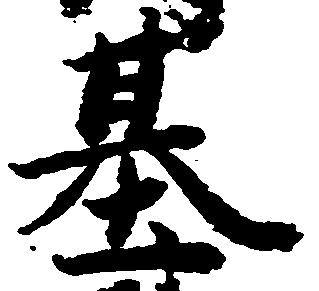
基